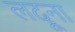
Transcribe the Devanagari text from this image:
लदूना